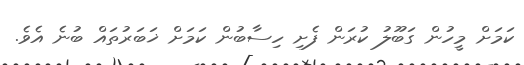
ކަމަށް މީހުން ގަބޫލު ކުރަން ފެށި ހިސާބުން ކަމަށް ޚަބަރުތައް ބުނެ އެވެ.